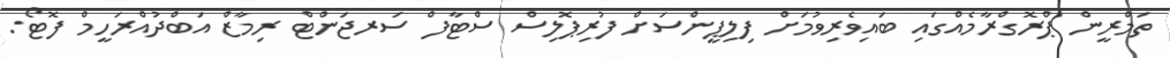
ތަމްރީން ޕްރޮގްރާމެއްގައި ބައިވެރިވުމަށް ފިލިޕީންސަށް ފުރިޕޮލިސް ސްޓާފް ސަރޖަންޓް ރިމާޒް އަބްދުއްރަހީމް ފޮޓޯ: